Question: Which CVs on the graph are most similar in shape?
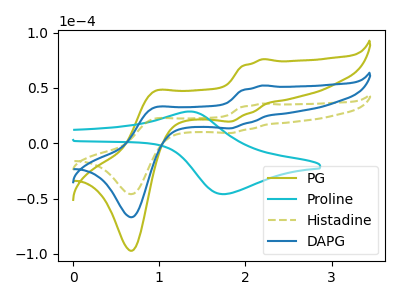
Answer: <think>The olive curve "PG" has anodic peaks at (2.20V, 104.55uA) (0.95V, 64.25uA) and cathodic peaks at (1.85V, 27.10uA) (0.70V, -133.60uA). The cyan curve "Proline" has an anodic peak at (1.35V, 28.75uA) and a cathodic peak at (1.75V, -45.95uA). The olive dashed curve "Histadine" has anodic peaks at (2.20V, 35.95uA) (0.95V, 22.10uA) and cathodic peaks at (1.85V, 9.30uA) (0.70V, -45.95uA). The blue curve "DAPG" has anodic peaks at (2.20V, 52.30uA) (0.95V, 32.10uA) and cathodic peaks at (1.85V, 13.55uA) (0.70V, -66.80uA).
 "PG" and "Proline" have a different number of peaks. All the peaks in "PG" have a peak in "Histadine" at the same potential. All the peaks in "PG" have a peak in "DAPG" at the same potential. "Proline" and "Histadine" have a different number of peaks. "Proline" and "DAPG" have a different number of peaks. All the peaks in "Histadine" have a peak in "DAPG" at the same potential.</think>
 <answer>"Histadine", "PG" and "DAPG" have the same shape and are likely CV's of the same chemical.</answer>
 <eval>"Histadine" "PG" "DAPG"</eval>